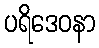
ပရိဒေဝနာ